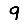
Digit: 9